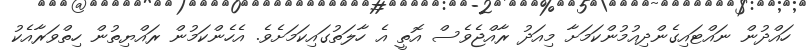
ހައްދުން ނައްޓައިގެންދިއުމުންކަމަށާ މިއަދު ރާއްޖެވެސް އޮތީ އެ ހާލަތުގައިކަމަށެވެ. އެހެންކަމުން ރައްޔިތުން ހިތްވަރާއެކު